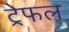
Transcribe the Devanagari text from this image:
ट्रेफल